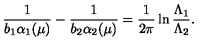
\frac { 1 } { b _ { 1 } \alpha _ { 1 } ( \mu ) } - \frac { 1 } { b _ { 2 } \alpha _ { 2 } ( \mu ) } = \frac { 1 } { 2 \pi } \ln \frac { \Lambda _ { 1 } } { \Lambda _ { 2 } } .